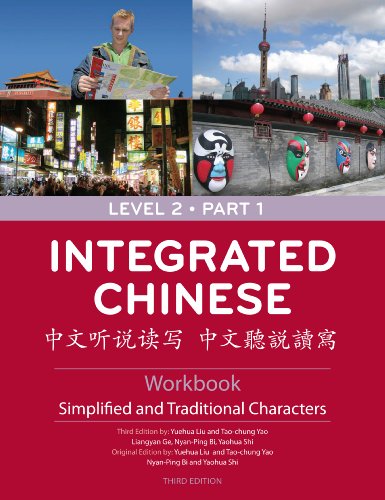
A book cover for Integrated Chinese: Level 2, Part 1 Workbook (Simplified and Traditional Character, 3rd Edition) (Chinese Edition); Yuehua Liu; Reference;